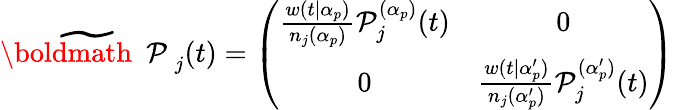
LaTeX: \widetilde{\mathrm{\boldmath~\cal~P~}}_{j}(t)=\left(\begin{array}{cc}{{\frac{w(t|\alpha_{p})}{n_{j}(\alpha_{p})}{\cal P}_{j}^{(\alpha_{p})}(t)}}&{{0}}\\ {{0}}&{{\frac{w(t|\alpha_{p}^{\prime})}{n_{j}(\alpha_{p}^{\prime})}{\cal P}_{j}^{(\alpha_{p}^{\prime})}(t)}}\end{array}\right)